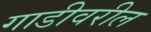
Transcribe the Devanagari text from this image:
गाडीवरील